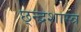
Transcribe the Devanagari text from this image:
छ्न्द्रशास्त्र